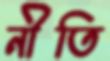
নীতি